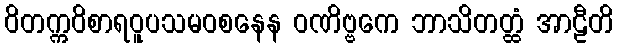
ဝိတက္ကဝိစာရဝူပသမဝစနေန ဝဏိဗ္ဗကေ ဘာသိတတ္ထံ အာဠီတိ